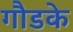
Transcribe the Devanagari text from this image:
गौडके